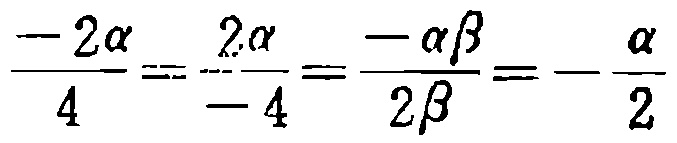
\(\frac{-2\alpha}{4}=\frac{2\alpha}{-4}=\frac{-\alpha\beta}{2\beta}=-\frac{\alpha}{2}\)